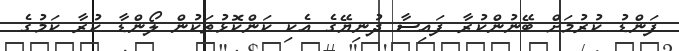
ފަންޑު ކުރުމަށް ބޭނުންކުރާ ފައިސާ ދުނިޔޭގެ އެކި ކަންކޮޅުތަކުން ލޯންޑާ ކުރާ ކަމުގެ